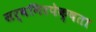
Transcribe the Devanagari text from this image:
सर्वनिरपेक्षता